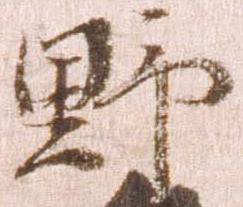
野